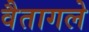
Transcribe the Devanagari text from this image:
वैतागले